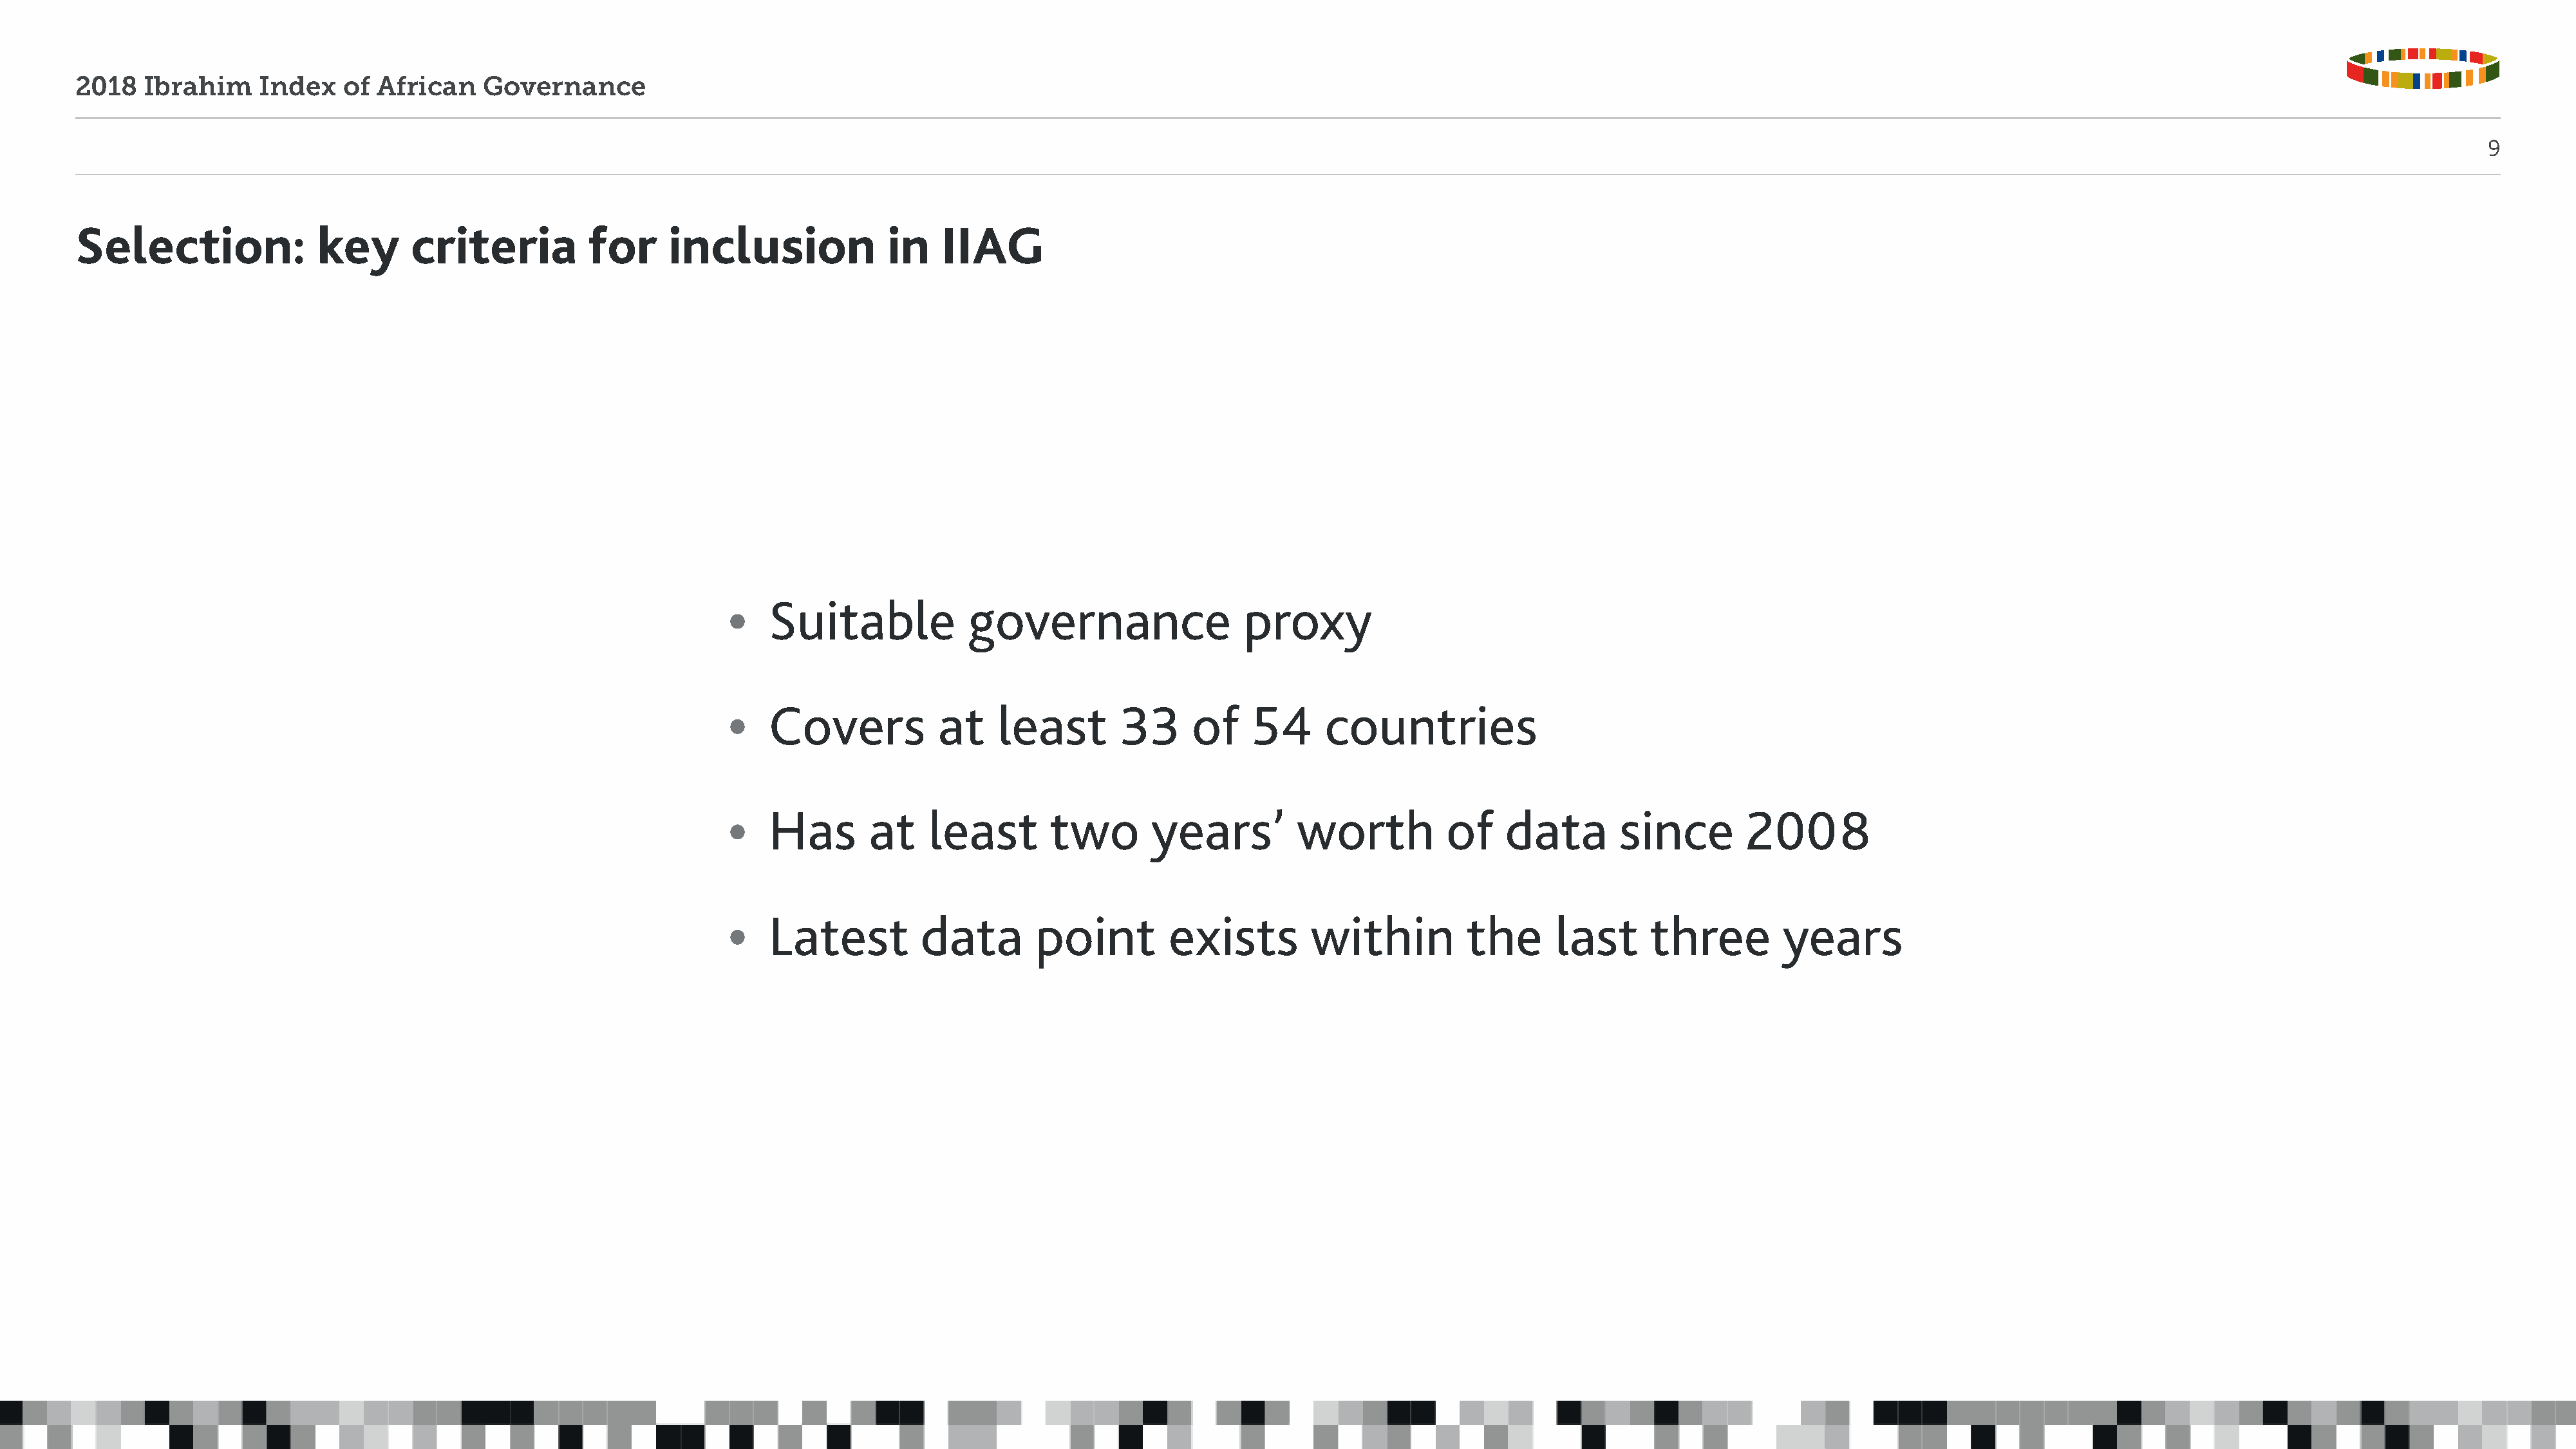
2018   Ibrahim     Index   of  African    Governance
 9
 Selection:               key      criteria          for      inclusion             in    IIAG
 •   Suitable             governance                  proxy
 •   Covers           at     least       33      of    54     countries
 •   Has       at    least        two       years’         worth           of    data       since        2008
 •   Latest          data       point         exists         within          the      last      three        years